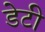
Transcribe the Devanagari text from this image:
डेटी